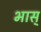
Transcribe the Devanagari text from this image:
भास्